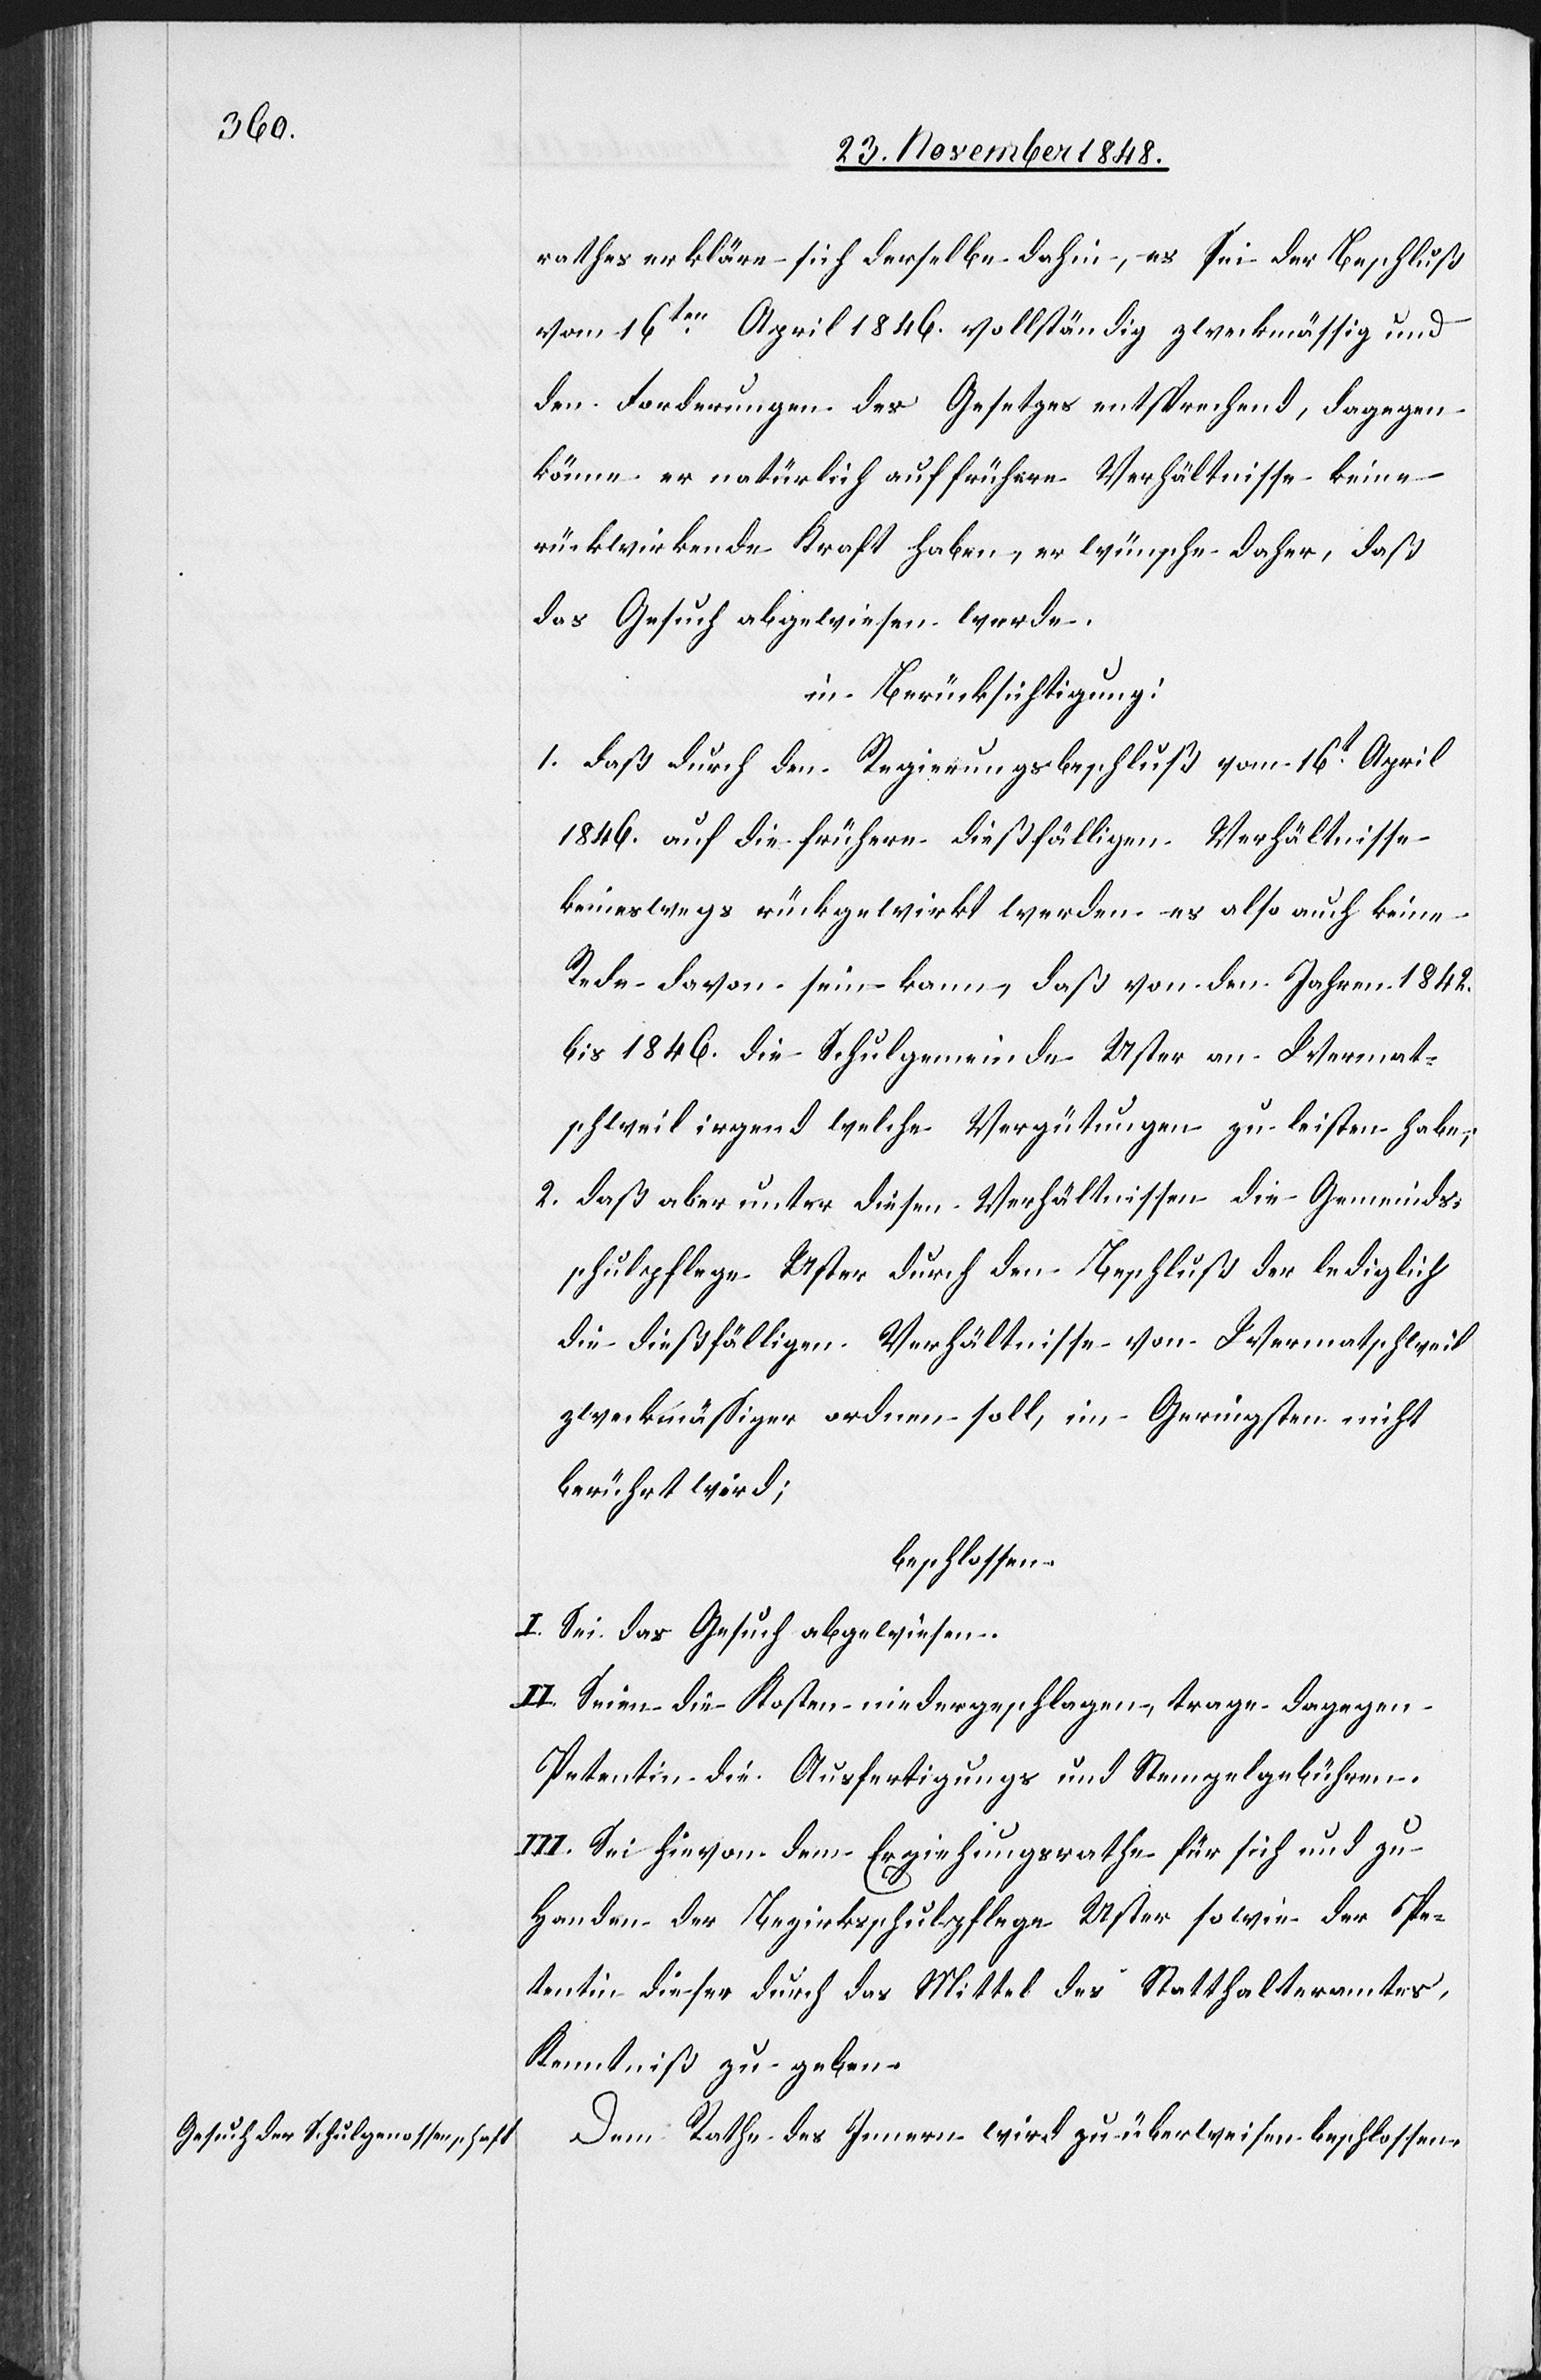
rathes erkläre sich derselbe dahin, es sei der Beschluß
vom 16ten April 1846. vollständig zweckmässig und
den Forderungen des Gesetzes entsprechend, dagegen
könne er natürlich auf frühere Verhältnisse keine
rückwirkende Kraft haben, er wünsche daher, daß
das Gesuch abgewiesen werde.
in Berücksichtigung:
1. Daß durch den Regierungsbeschluß vom 16t April
1846. auf die frühern dießfälligen Verhältnisse
keineswegs rückgewirkt werden es also auch keine
Rede davon sein kann, daß von den Jahren 1842.
bis 1846. die Schulgemeinde Uster an Wermat¬
schweil irgend welche Vergütungen zu leisten habe;
2. Daß aber unter diesen Verhältnissen die Gemeinds¬
schulpflege Uster durch den Beschluß der lediglich
die dießfälligen Verhältnisse von Wermatschweil
zweckmässiger ordnen soll, im Geringsten nicht
berührt wird;
beschlossen:
I. Sei das Gesuch abgewiesen.
II. Seien die Kosten niedergeschlagen, trage dagegen
Petentin die Ausfertigungs[-] und Stempelgebühren.
III. Sei hievon dem Erziehungsrathe für sich und zu
Handen der Bezirksschulpflege Uster sowie der Pe¬
tentin dieser durch das Mittel des Statthalteramtes,
Kenntniß zu geben.
Dem Rathe des Innern wird zu überweisen beschlossen.